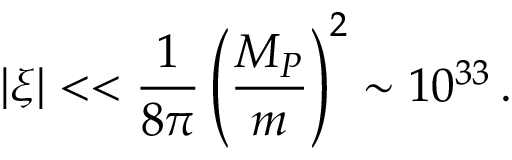
| \xi | < < \frac { 1 } { 8 \pi } \left( \frac { M _ { P } } { m } \right) ^ { 2 } \sim 1 0 ^ { 3 3 } \, .